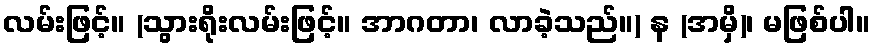
လမ်းဖြင့်။ (သွားရိုးလမ်းဖြင့်။ အာဂတာ၊ လာခဲ့သည်။) န (အမှိ)၊ မဖြစ်ပါ။